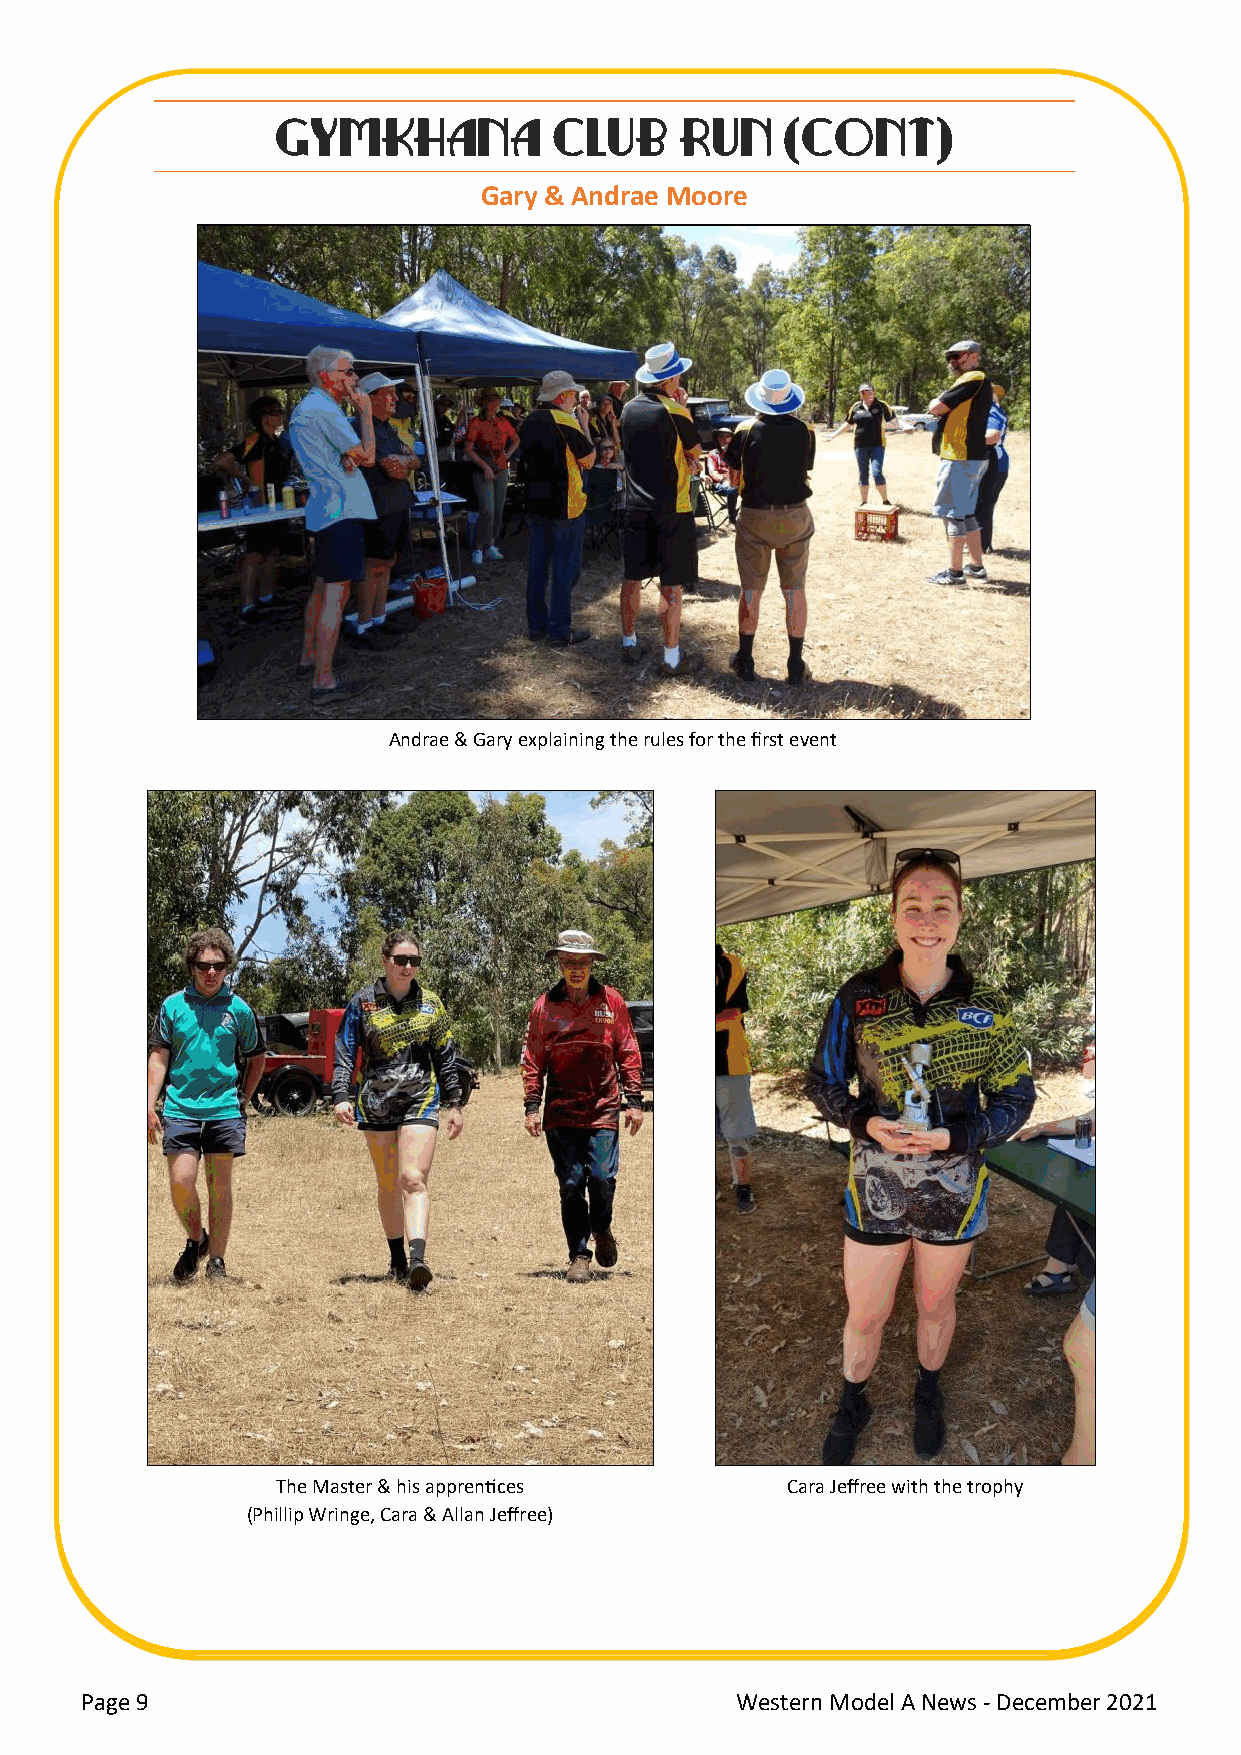
GYMKHANA           CLUB    RUN    (CONT)
 Gary & Andrae Moore
 Andrae & Gary explaining the rules for the first event
 The Master & his apprentices      Cara Jeffree with the trophy
 (Phillip Wringe, Cara & Allan Jeffree)
 Page 9                                      Western Model A News - December 2021